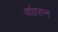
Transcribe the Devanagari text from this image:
यांवरुन